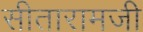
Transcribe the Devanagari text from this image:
सीतारामजी